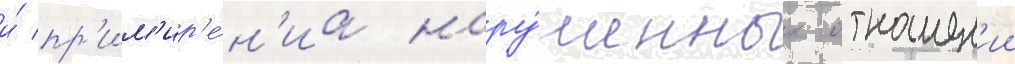
и́ пр'им'ир'е́н'иа нару́шенных отношен'ии